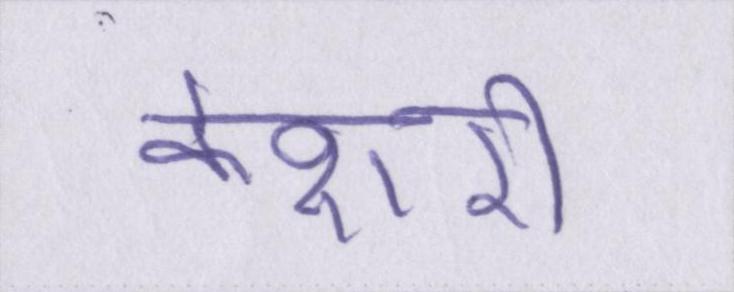
केशरी